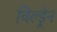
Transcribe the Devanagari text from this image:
चिल्‍ड्रेन